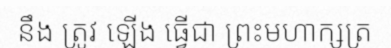
នឹង ត្រូវ ឡើង ធ្វើជា ព្រះមហាក្សត្រ